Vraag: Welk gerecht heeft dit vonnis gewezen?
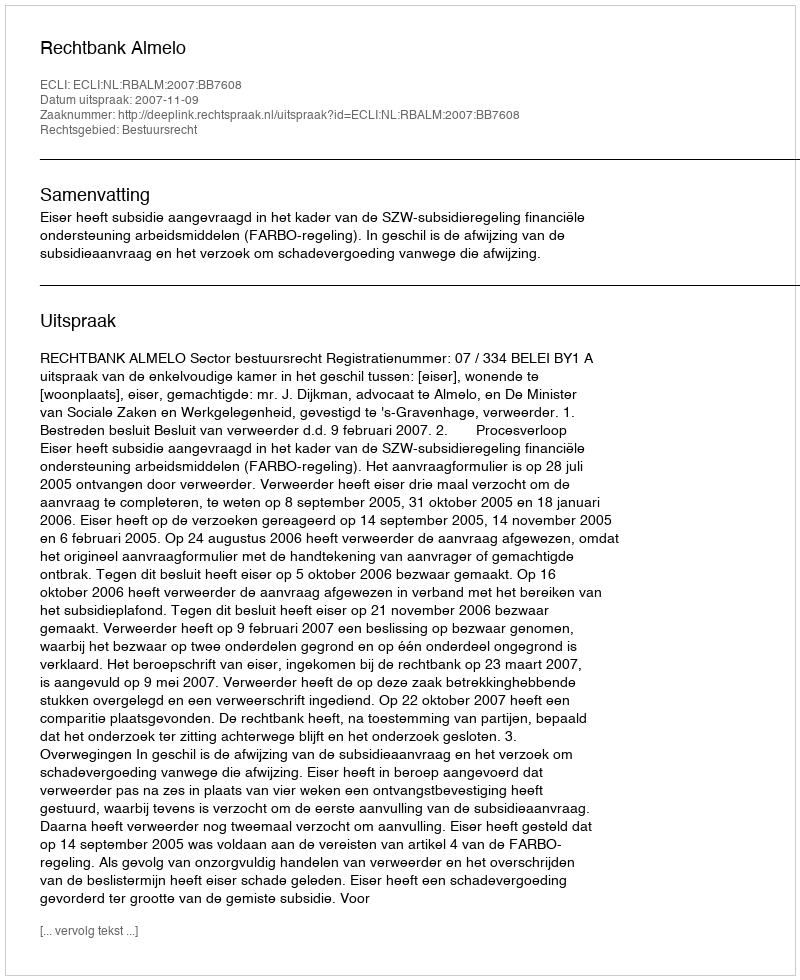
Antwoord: Rechtbank Almelo